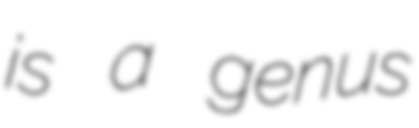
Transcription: is a genus